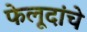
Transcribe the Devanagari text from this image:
फेलूदांचे